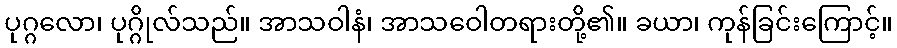
ပုဂ္ဂလော၊ ပုဂ္ဂိုလ်သည်။ အာသဝါနံ၊ အာသဝေါတရားတို့၏။ ခယာ၊ ကုန်ခြင်းကြောင့်။